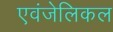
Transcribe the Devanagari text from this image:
एवंजेलिकल